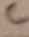
Text: C